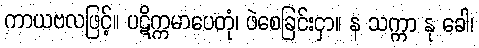
ကာယဗလဖြင့်။ ပဋိက္ကမာပေတုံ၊ ဖဲစေခြင်းငှာ။ န သက္ကာ နု ခေါ၊